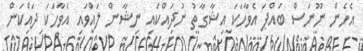
އެހެން ނޫނަސް ބައްޕަ އެވާހަކަ އިޝާގާތު ނުދައްކައި ނިޝާން ލައްވައި އެވާހަކަ ދައްކަން